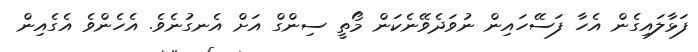
ފަޅާލައިގެން އެހާ ފަސޭހައިން ނުވަދެވޭނެކަން މޯތީ ސިންގް އަށް އެނގުނެވެ. އެހެންވެ އެގެއިން